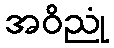
အဝိညုံ